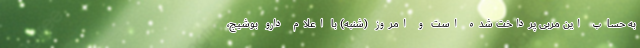
به حساب این مربی پرداخت شده است و امروز (شنبه) با اعلام دارو بوشیچ،